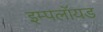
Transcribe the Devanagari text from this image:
इम्पलॉयड